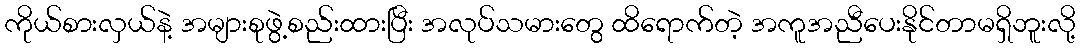
ကိုယ်စားလှယ်နဲ့ အများစုဖွဲ့စည်းထားပြီး အလုပ်သမားတွေ ထိရောက်တဲ့ အကူအညီပေးနိုင်တာမရှိဘူးလို့